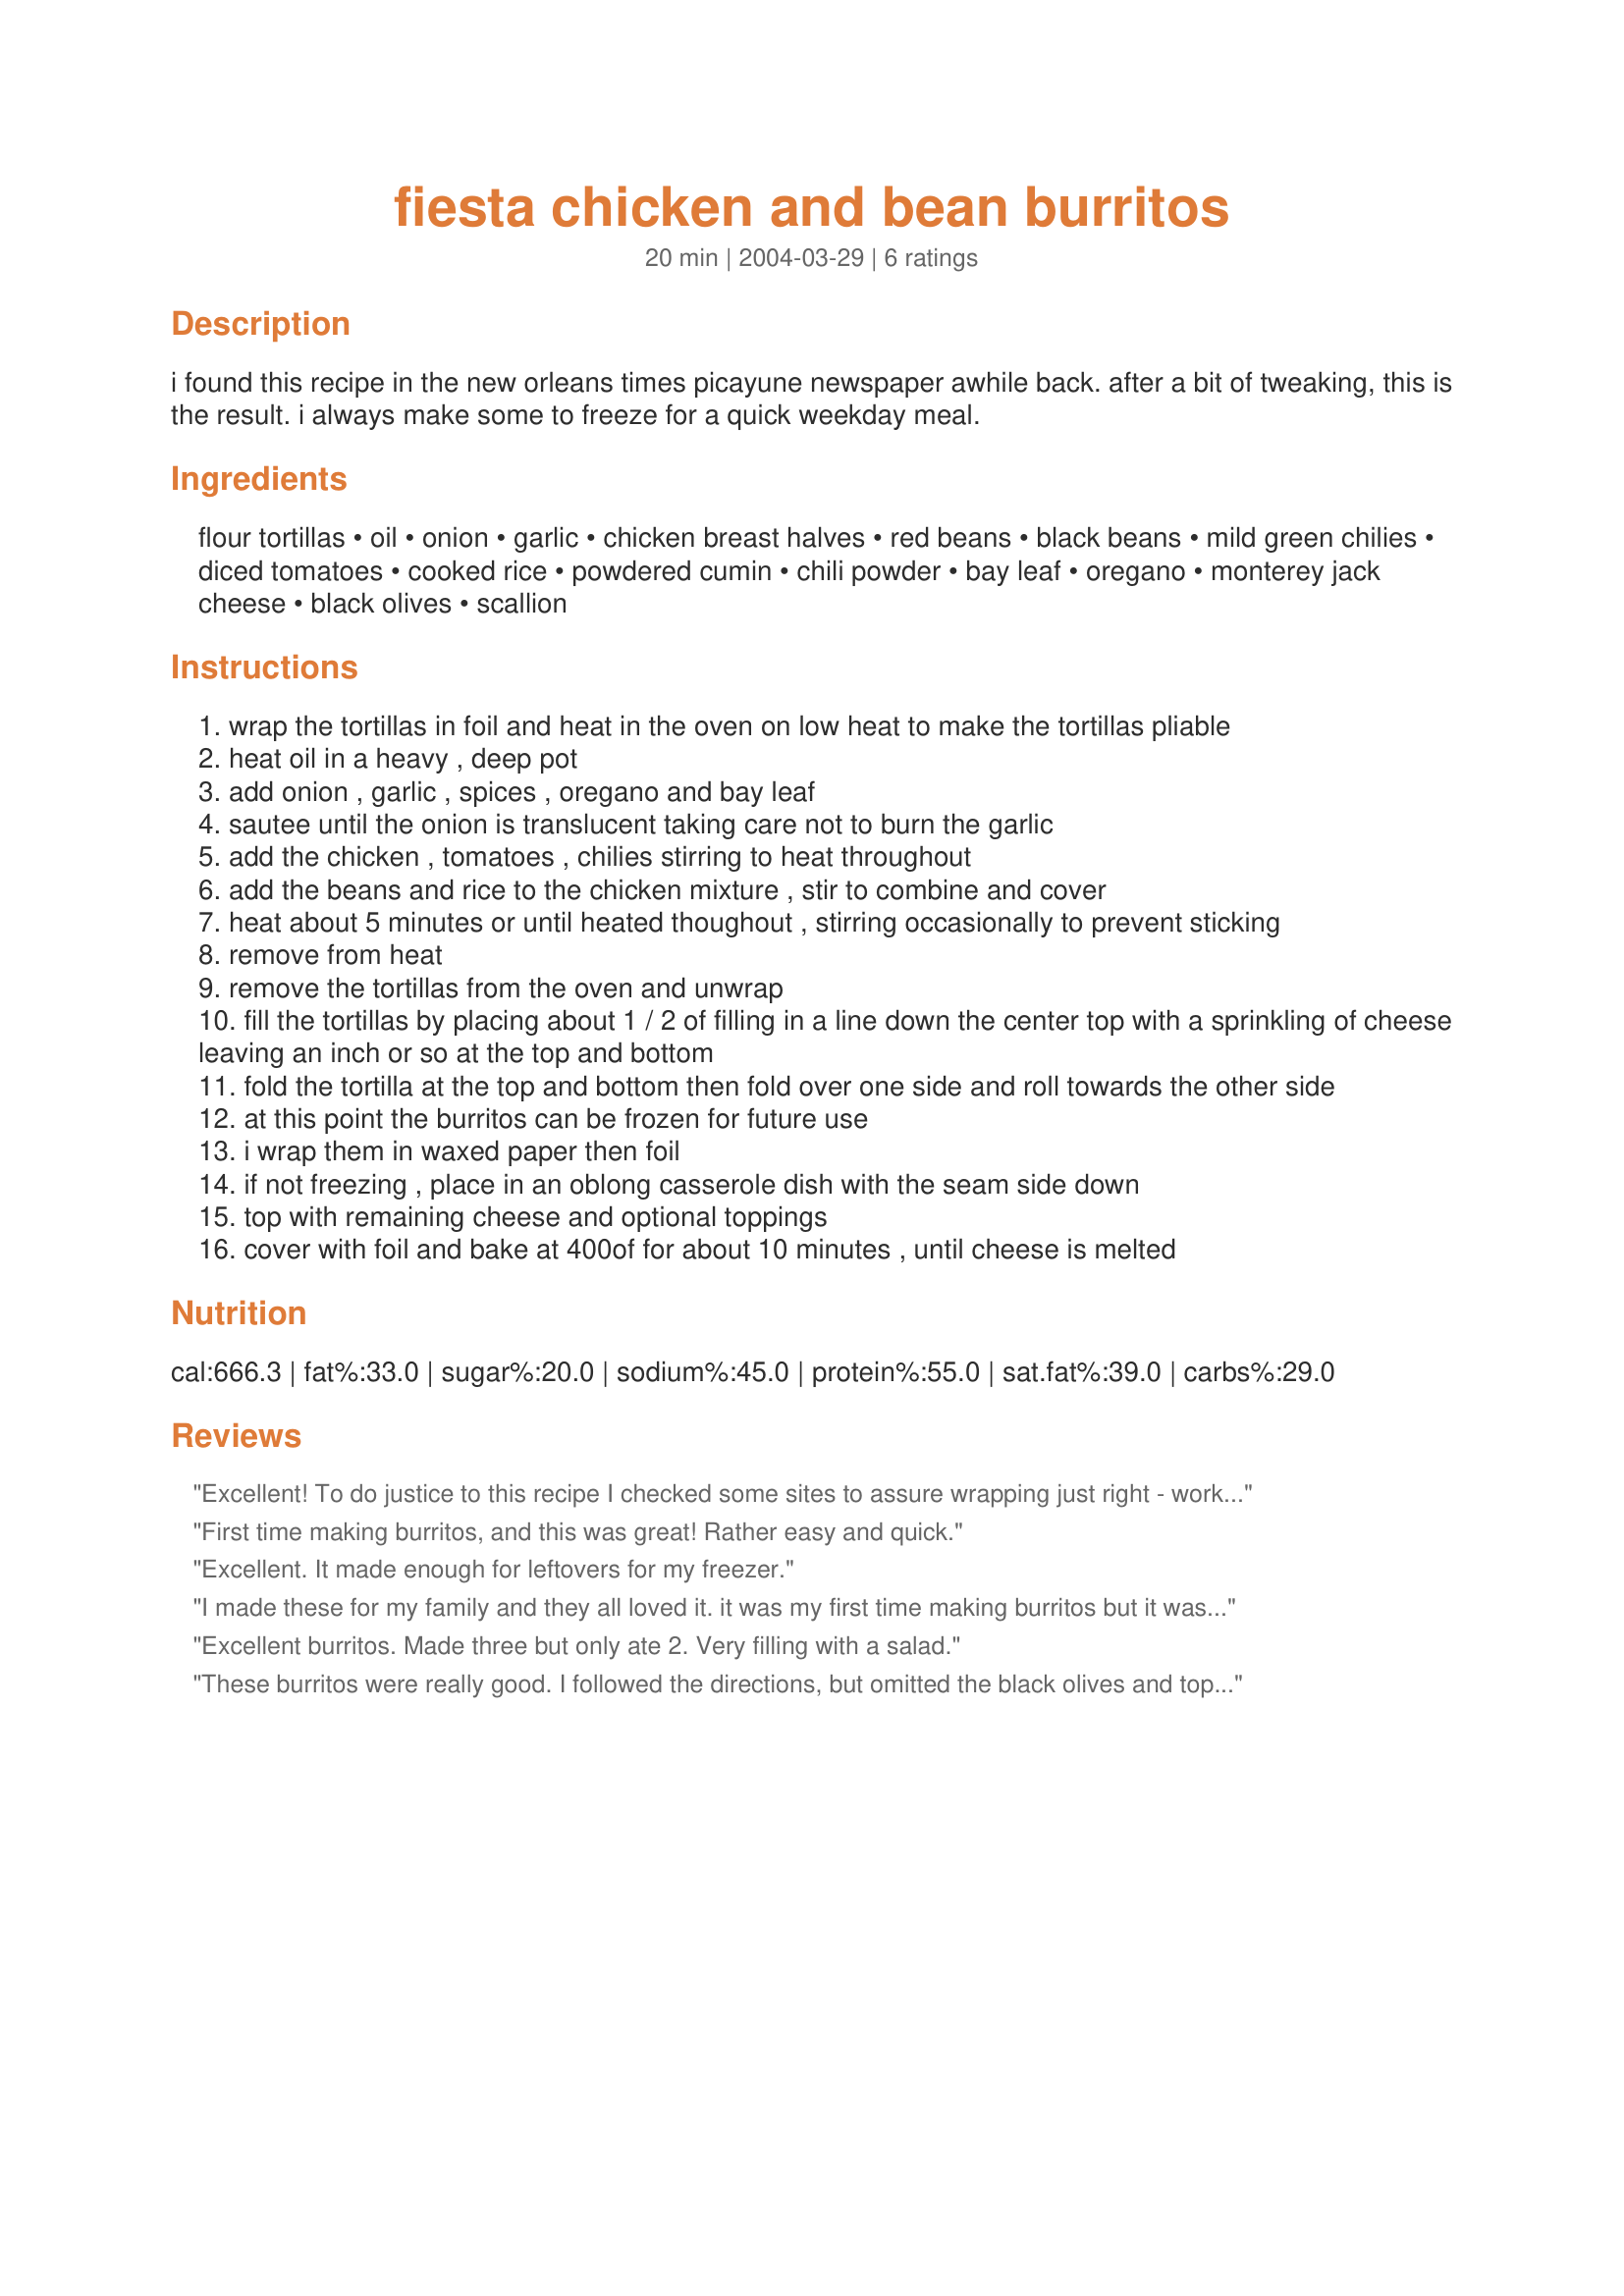
fiesta chicken and bean burritos
Preparation time: 20 minutes

i found this recipe in the new orleans times picayune newspaper awhile back. after a bit of tweaking, this is the result. i always make some to freeze for a quick weekday meal.

Ingredients:
flour tortillas, oil, onion, garlic, chicken breast halves, red beans, black beans, mild green chilies, diced tomatoes, cooked rice, powdered cumin, chili powder, bay leaf, oregano, monterey jack cheese, black olives, scallion

Steps:
wrap the tortillas in foil and heat in the oven on low heat to make the tortillas pliable
heat oil in a heavy , deep pot
add onion , garlic , spices , oregano and bay leaf
sautee until the onion is translucent taking care not to burn the garlic
add the chicken , tomatoes , chilies stirring to heat throughout
add the beans and rice to the chicken mixture , stir to combine and cover
heat about 5 minutes or until heated thoughout , stirring occasionally to prevent sticking
remove from heat
remove the tortillas from the oven and unwrap
fill the tortillas by placing about 1 / 2 of filling in a line down the center top with a sprinkling of cheese leaving an inch or so at the top and bottom
fold the tortilla at the top and bottom then fold over one side and roll towards the other side
at this point the burritos can be frozen for future use
i wrap them in waxed paper then foil
if not freezing , place in an oblong casserole dish with the seam side down
top with remaining cheese and optional toppings
cover with foil and bake at 400of for about 10 minutes , until cheese is melted

Reviews:
Excellent! To do justice to this recipe I checked some sites to assure wrapping just right - worked for me! Made as posted - it is sooo good - a wonderful and delicious combination to go along with the chicken breasts. Used cheddar but next time I will have some monterey jack on hand as well. Loved them and found them very freezer friendly. Thank you Kit.
First time making burritos, and this was great! Rather easy and quick.
Excellent. It made enough for leftovers for my freezer.
I made these for my family and they all loved it. it was my first time making burritos but it was surprisingly easy. A bit of prep work involved but you could always buy a cooked chicken to save some time.
I had about a kilo of chicken thigh fillets which I marinated for an hour or so in a mix of ground cumin, paprika and coriander. After I cooked the chicken and rice and added it all together with the tin tomatoes etc, I also mixed in a bit of salsa. I poured the remainder of the salsa over the burritoes once they were assembled before going into the oven. I also froze a couple of burritos for an easy meal later on. Thanks Kit in NO!
Excellent burritos. Made three but only ate 2. Very filling with a salad.
These burritos were really good. I followed the directions, but omitted the black olives and topped the burritos with chopped fresh jalapenos. Even my DH who normally claims he hates chicken liked this dish. It made a lot, so we heated the leftovers up a few nights later and the flavor was even better. Thank you Kit in NO for posting, I'll be making this again.
